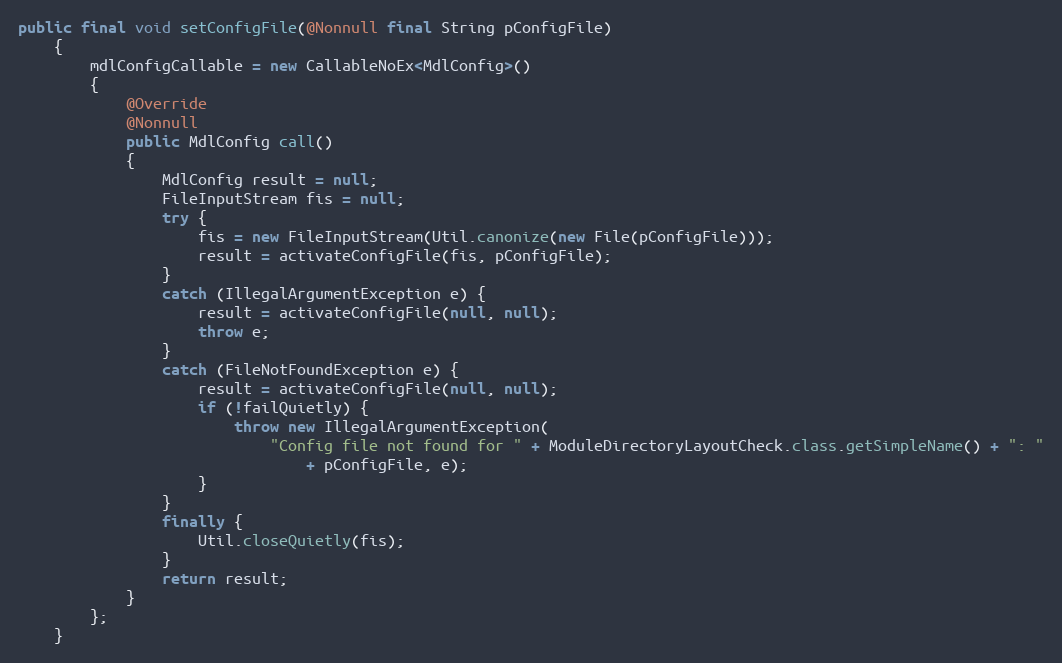
Language: Java
public final void setConfigFile(@Nonnull final String pConfigFile)
    {
        mdlConfigCallable = new CallableNoEx<MdlConfig>()
        {
            @Override
            @Nonnull
            public MdlConfig call()
            {
                MdlConfig result = null;
                FileInputStream fis = null;
                try {
                    fis = new FileInputStream(Util.canonize(new File(pConfigFile)));
                    result = activateConfigFile(fis, pConfigFile);
                }
                catch (IllegalArgumentException e) {
                    result = activateConfigFile(null, null);
                    throw e;
                }
                catch (FileNotFoundException e) {
                    result = activateConfigFile(null, null);
                    if (!failQuietly) {
                        throw new IllegalArgumentException(
                            "Config file not found for " + ModuleDirectoryLayoutCheck.class.getSimpleName() + ": "
                                + pConfigFile, e);
                    }
                }
                finally {
                    Util.closeQuietly(fis);
                }
                return result;
            }
        };
    }